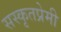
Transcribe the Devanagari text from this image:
सस्कृतप्रेमी